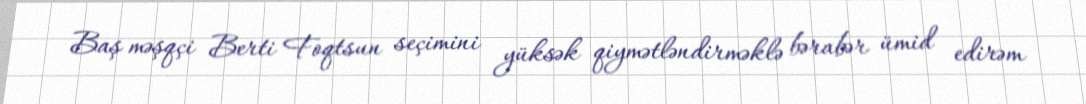
Baş məşqçi Berti Foqtsun seçimini yüksək qiymətləndirməklə bərabər ümid edirəm